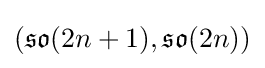
({\mathfrak {so}}(2n+1),{\mathfrak {so}}(2n))